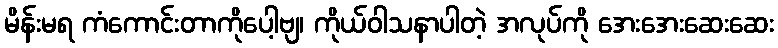
မိန်းမရ ကံကောင်းတာကိုပေါ့ဗျ၊ ကိုယ်ဝါသနာပါတဲ့ အလုပ်ကို အေးအေးဆေးဆေး